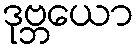
ဒုဗ္ဘယော